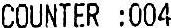
COUNTER :004